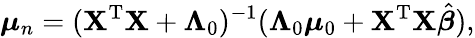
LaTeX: {\boldsymbol{\mu}}_{n}=(\mathbf{X}^{\mathrm{{T}}}\mathbf{X}+{\boldsymbol{\Lambda}}_{0})^{-1}({\boldsymbol{\Lambda}}_{0}{\boldsymbol{\mu}}_{0}+\mathbf{X}^{\mathrm{{T}}}\mathbf{X}{\hat{\boldsymbol{\beta}}}),